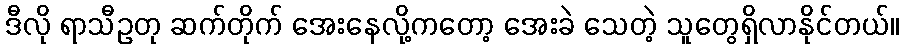
ဒီလို ရာသီဥတု ဆက်တိုက် အေးနေလို့ကတော့ အေးခဲ သေတဲ့ သူတွေရှိလာနိုင်တယ်။